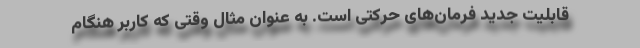
قابلیت جدید فرمان‌های حرکتی است. به عنوان مثال وقتی که کاربر هنگام